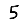
Digit: 5